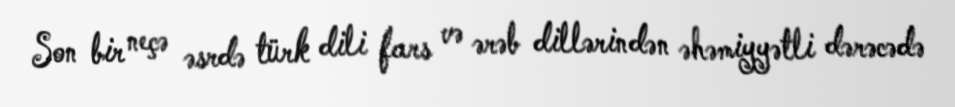
Son bir neçə əsrdə türk dili fars və ərəb dillərindən əhəmiyyətli dərəcədə